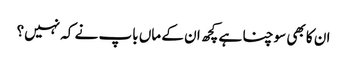
ان کا بھی سوچنا ہے کچھ ان کے ماں باپ نے کہ نہیں؟